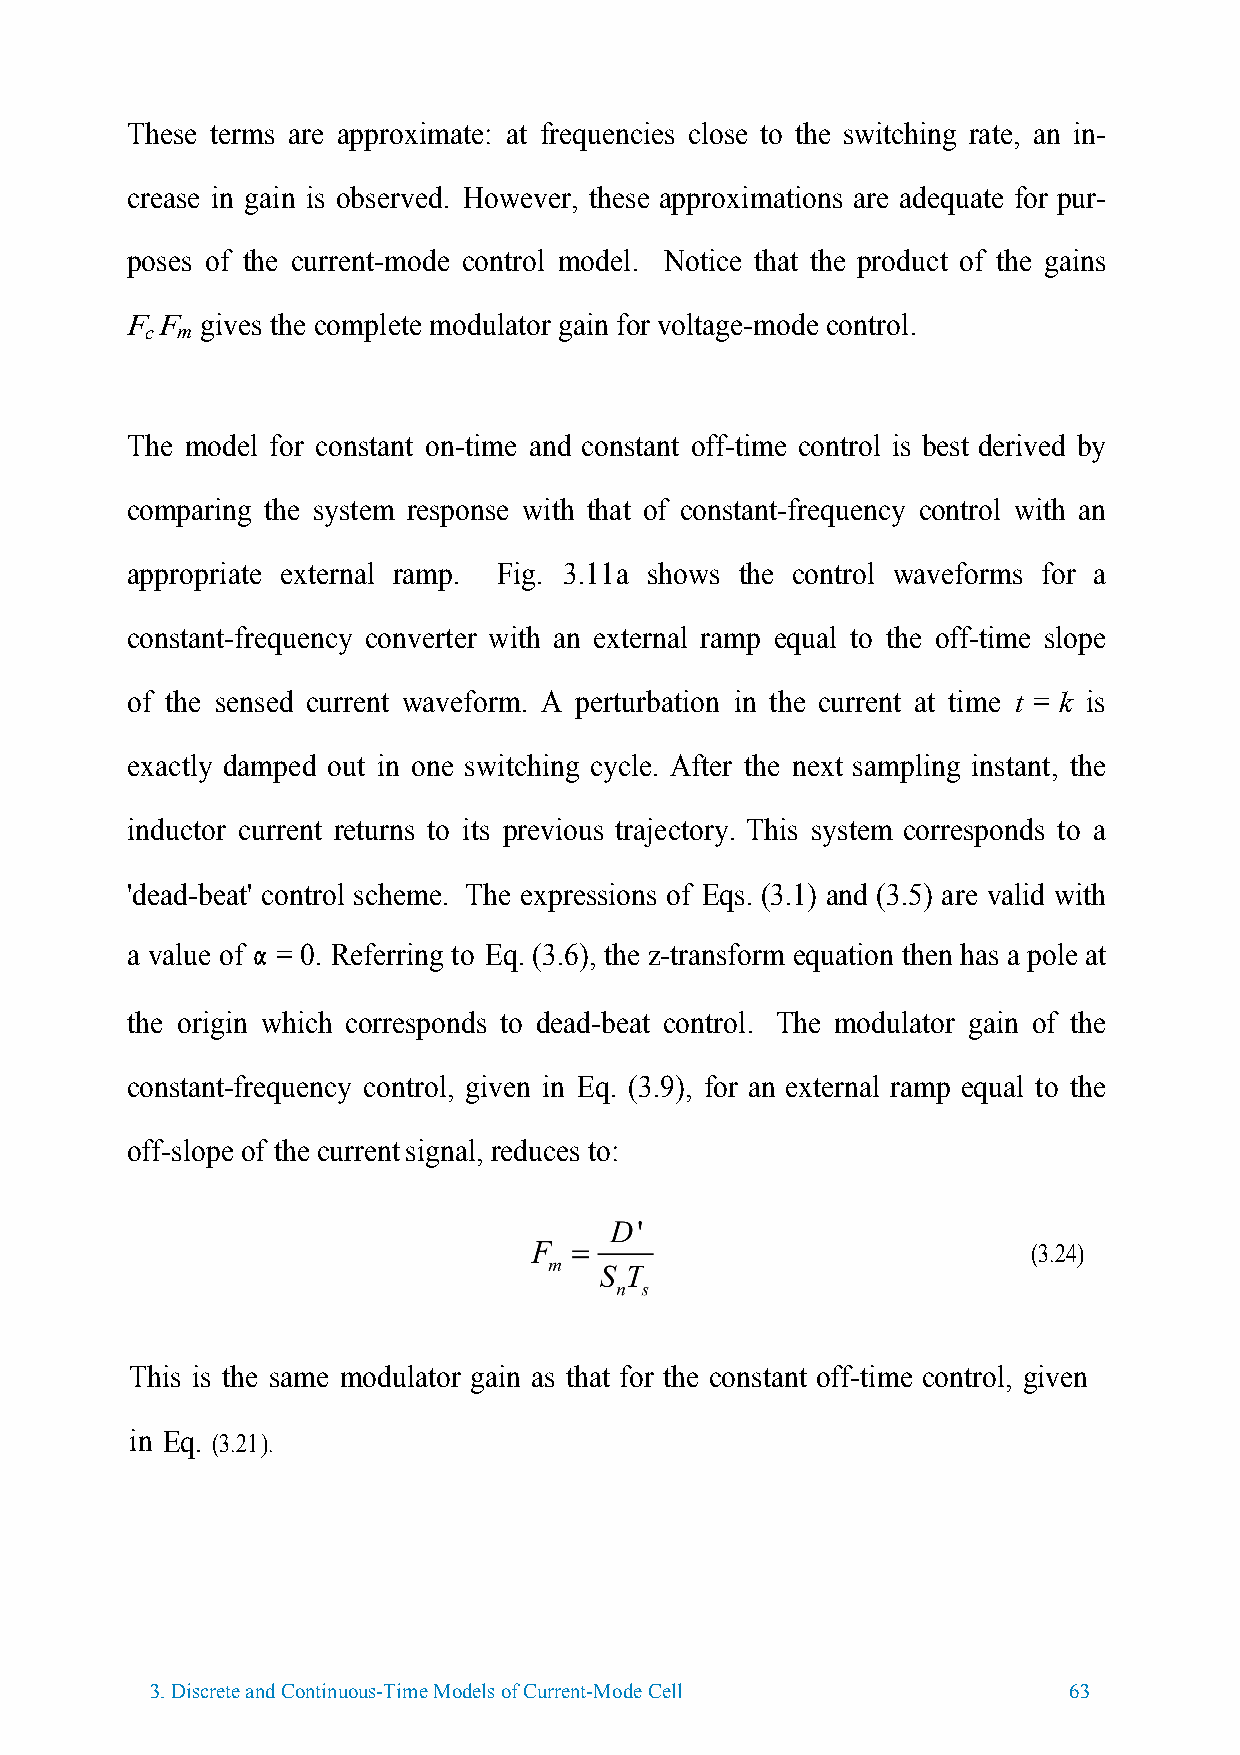
These terms are approximate: at frequencies close to the switching rate, an in-
 crease in gain is observed. However, these approximations are adequate for pur-
 poses of the current-mode control model. Notice that the product of the gains
 F  F gives the complete modulator gain for voltage-mode control.
 c m
 The model for constant on-time and constant off-time control is best derived by
 comparing the system response with that of constant-frequency control with an
 appropriate external ramp. Fig. 3.11 a shows the control waveforms for a
 constant-frequency converter with an external ramp equal to the off-time slope
 of the sensed current waveform. A perturbation in the current at time t = k is
 exactly damped out in one switching cycle. After the next sampling instant, the
 inductor current returns to its previous trajectory. This system corresponds to a
 'dead-beat' control scheme. The expressions of Eqs. (3.1) and (3.5) are valid with
 a value of
 a
 = 0. Referring to Eq. (3.6), the z-transform equation then has a pole at
 the origin which corresponds to dead-beat control. The modulator gain of the
 constant-frequency control, given in Eq. (3.9), for an external ramp equal to the
 off-slope of the current signal, reduces to:
 (3.24)
 This is the same modulator gain as that for the constant off-time control, given
 in Eq. (3.21 ).
 3.Discrete and Continuous-Time Models of Current-Mode Cell   63